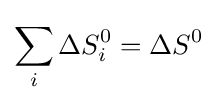
\sum _{i}^{}{\Delta S_{i}^{0}}=\Delta S^{0}